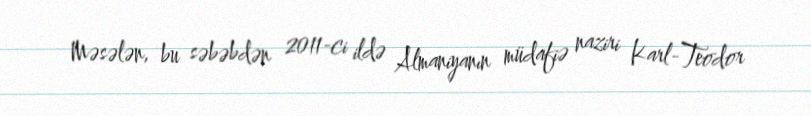
Məsələn, bu səbəbdən 2011-ci ildə Almaniyanın müdafiə naziri Karl-Teodor